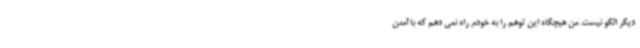
دیگر الگو نیست. من هیچگاه این توهم را به خودم راه نمی دهم که با آمدن